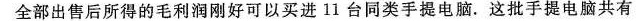
全部出售后所得的毛利润刚好可以买进11台同类手提电脑。这批手提电脑共有